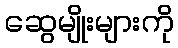
ဆွေမျိုးများကို